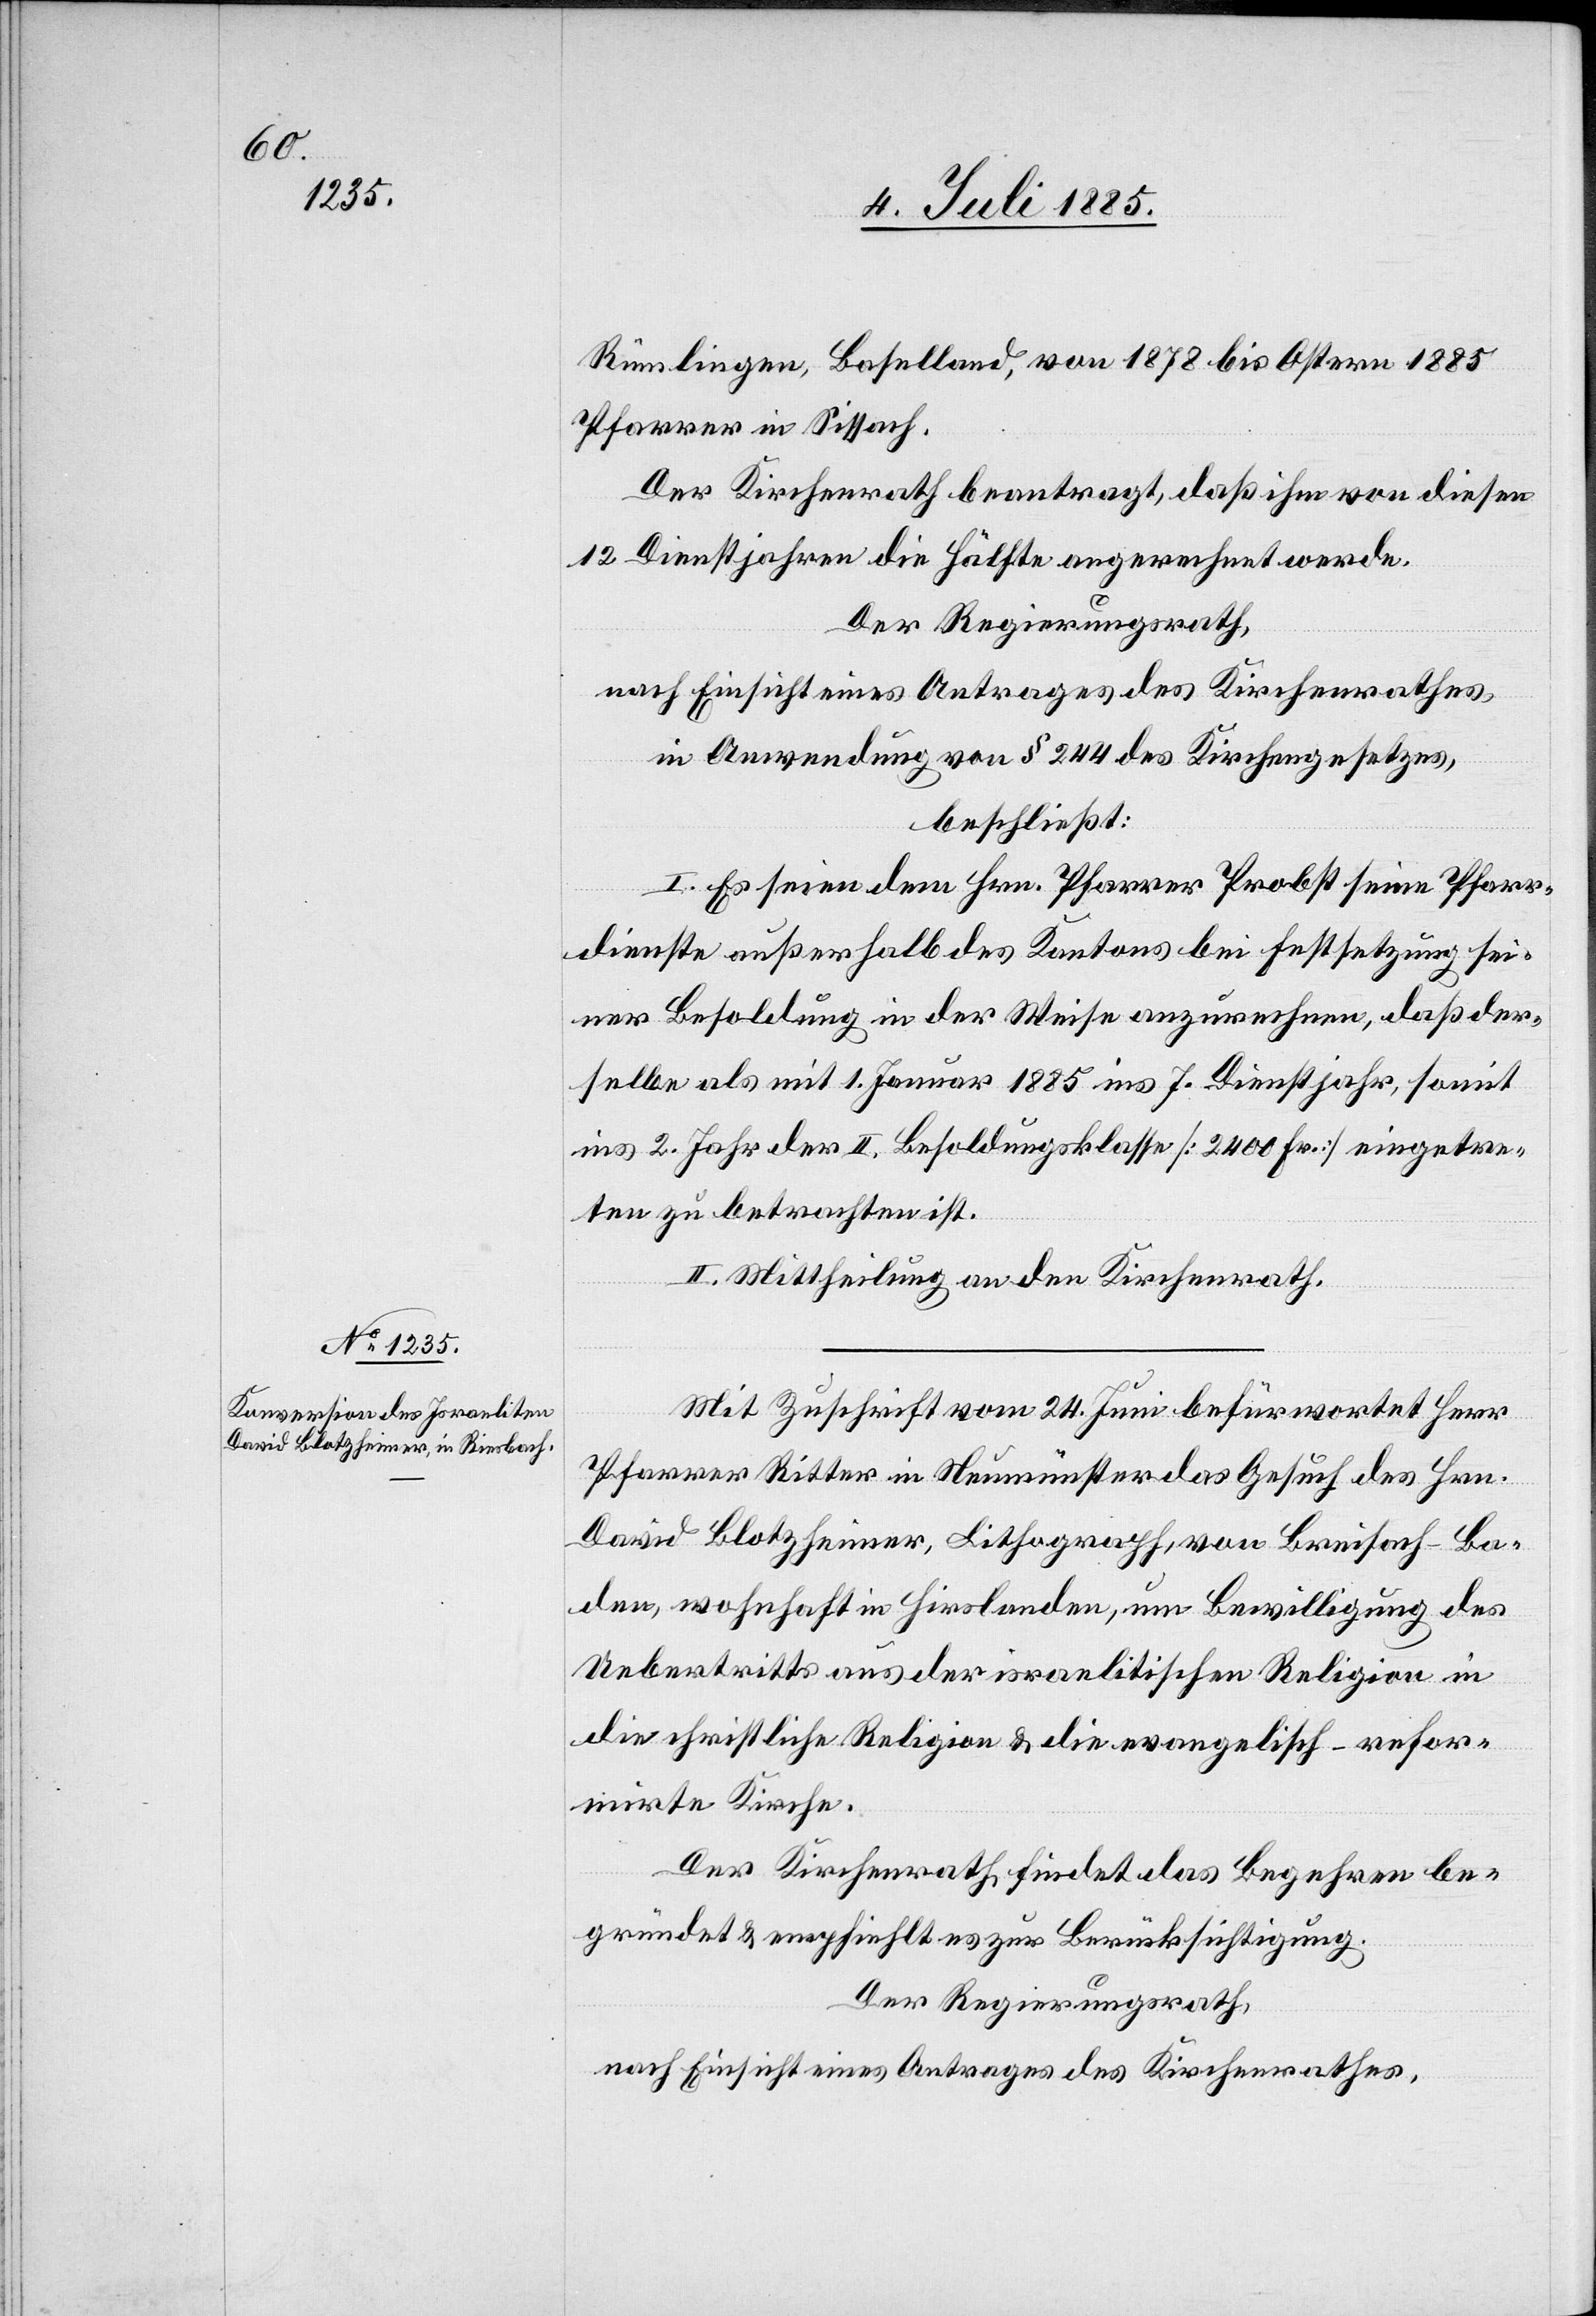
Rümlingen, Baselland, von 1878 bis Ostern 1885
Pfarrer in Sissach.
Der Kirchenrath beantragt, daß ihm von diesen
12 Dienstjahren die Hälfte angerechnet werde.
Der Regierungsrath,
nach Einsicht eines Antrages des Kirchenrathes,
in Anwendung von § 244 des Kirchengesetzes,
beschließt:
I. Es seien dem Hrn. Pfarrer Probst seine Pfarr¬
dienste außerhalb des Kantons bei Festsetzung sei¬
ner Besoldung in der Weise anzurechnen, daß der¬
selbe als mit 1. Januar 1885 ins 7. Dienstjahr, somit
ins 2. Jahr der II. Besoldungsklasse [2400 Fr.] eingetre¬
ten zu betrachten ist.
II. Mittheilung an den Kirchenrath.
Mit Zuschrift vom 24. Juni befürwortet Herr
Pfarrer Ritter in Neumünster das Gesuch des Hrn.
David Blotzheimer, Lithograph, von Breisach - Ba¬
den, wohnhaft in Hirslanden, um Bewilligung des
Uebertritts aus der israelitischen Religion in
die christliche Religion & die evangelisch-refor¬
mirte Kirche.
Der Kirchenrath findet das Begehren be¬
gründet & empfiehlt es zur Berücksichtigung.
Der Regierungsrath,
nach Einsicht eines Antrages des Kirchenrathes,